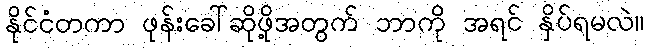
နိုင်ငံတကာ ဖုန်းခေါ်ဆိုဖို့အတွက် ဘာကို အရင် နှိပ်ရမလဲ။